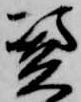
憑